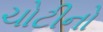
ચોટીનો